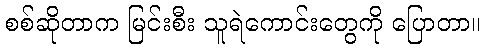
စစ်ဆိုတာက မြင်းစီး သူရဲကောင်းတွေကို ပြောတာ။